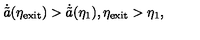
\dot { \tilde { a } } ( \eta _ { \mathrm { e x i t } } ) > \dot { \tilde { a } } ( \eta _ { 1 } ) , \eta _ { \mathrm { e x i t } } > \eta _ { 1 } ,